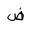
Letter: _dad